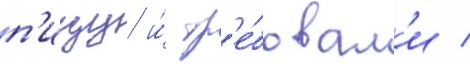
п'ищу и́ тр'е́бовал'и /